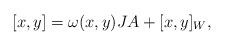
LaTeX: \begin{align*}[x,y]=\omega(x,y)JA + [x,y]_W,\end{align*}